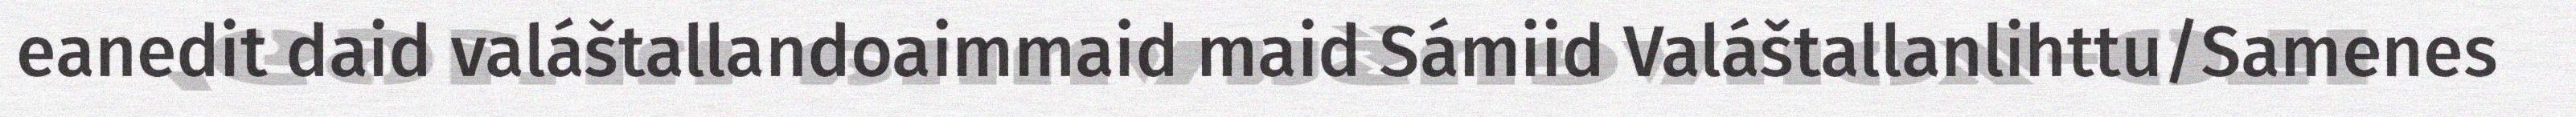
eanedit daid valáštallandoaimmaid maid Sámiid Valáštallanlihttu/Samenes